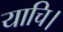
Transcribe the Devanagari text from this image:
याचि।